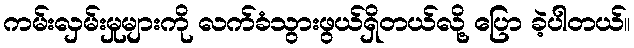
ကမ်းလှမ်းမှုများကို လက်ခံသွားဖွယ်ရှိတယ်လို့ ပြော ခဲ့ပါတယ်။